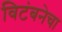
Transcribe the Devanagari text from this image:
विटंबनेचा